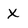
Character: X